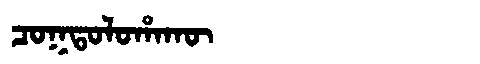
Manchu: ᠴᠣᡴᡨᠣᠯᠣᡥᠠᡴᡡ
Romanization: COKTOLOHAKŪ